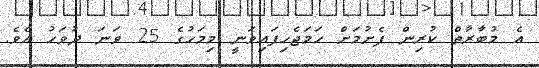
އެ މުބާރާތް ކުރިން ފެށުމަށް ހަމަޖެހިފައިވަނީ މިމަހުގެ 25 ވަނަ ދުވަހު އެވެ.